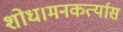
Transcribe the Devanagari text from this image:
शोध।मनकर्त्यास